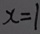
x = 1